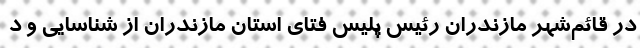
در قائم‌شهر مازندران رئیس پلیس فتای استان مازندران از شناسایی و د